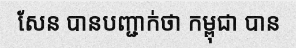
សែន បានបញ្ជាក់ថា កម្ពុជា បាន